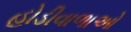
હોડીવાળાઓ